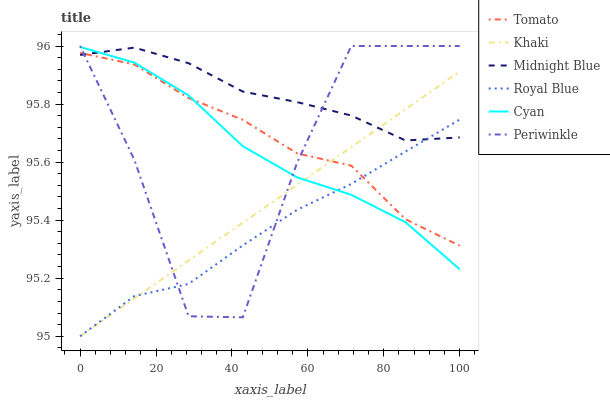
| xaxis_label | Tomato | Khaki | Midnight Blue | Royal Blue | Cyan | Periwinkle |
 | --- | --- | --- | --- | --- | --- | --- |
 | 0 | 96 | 95 | 96 | 95 | 96 | 96 |
 | 14.3 | 95.9 | 95.1 | 96 | 95.1 | 95.9 | 95.6 |
 | 28.6 | 95.8 | 95.3 | 95.9 | 95.2 | 95.8 | 95.1 |
 | 42.9 | 95.7 | 95.4 | 95.8 | 95.3 | 95.7 | 95.1 |
 | 57.1 | 95.6 | 95.5 | 95.8 | 95.4 | 95.5 | 95.6 |
 | 71.4 | 95.6 | 95.7 | 95.8 | 95.5 | 95.5 | 96 |
 | 85.7 | 95.4 | 95.8 | 95.7 | 95.6 | 95.4 | 96 |
 | 100 | 95.3 | 95.9 | 95.7 | 95.7 | 95.2 | 96 |